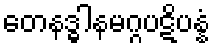
တေနဒ္ဓါနမဂ္ဂပဋိပန္နံ